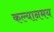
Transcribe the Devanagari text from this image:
कल्यानमय